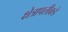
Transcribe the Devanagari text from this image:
क्षेत्रापलीकडे